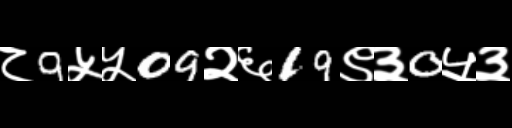
Text: ८9५५09२६19९३0५३